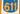
611